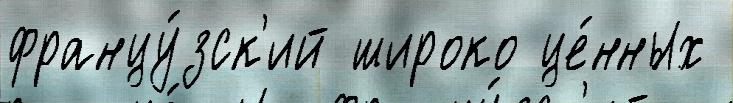
францу́зск'ий широко це́нных